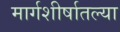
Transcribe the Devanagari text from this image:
मार्गशीर्षातल्या